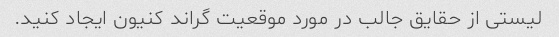
لیستی از حقایق جالب در مورد موقعیت گراند کنیون ایجاد کنید.